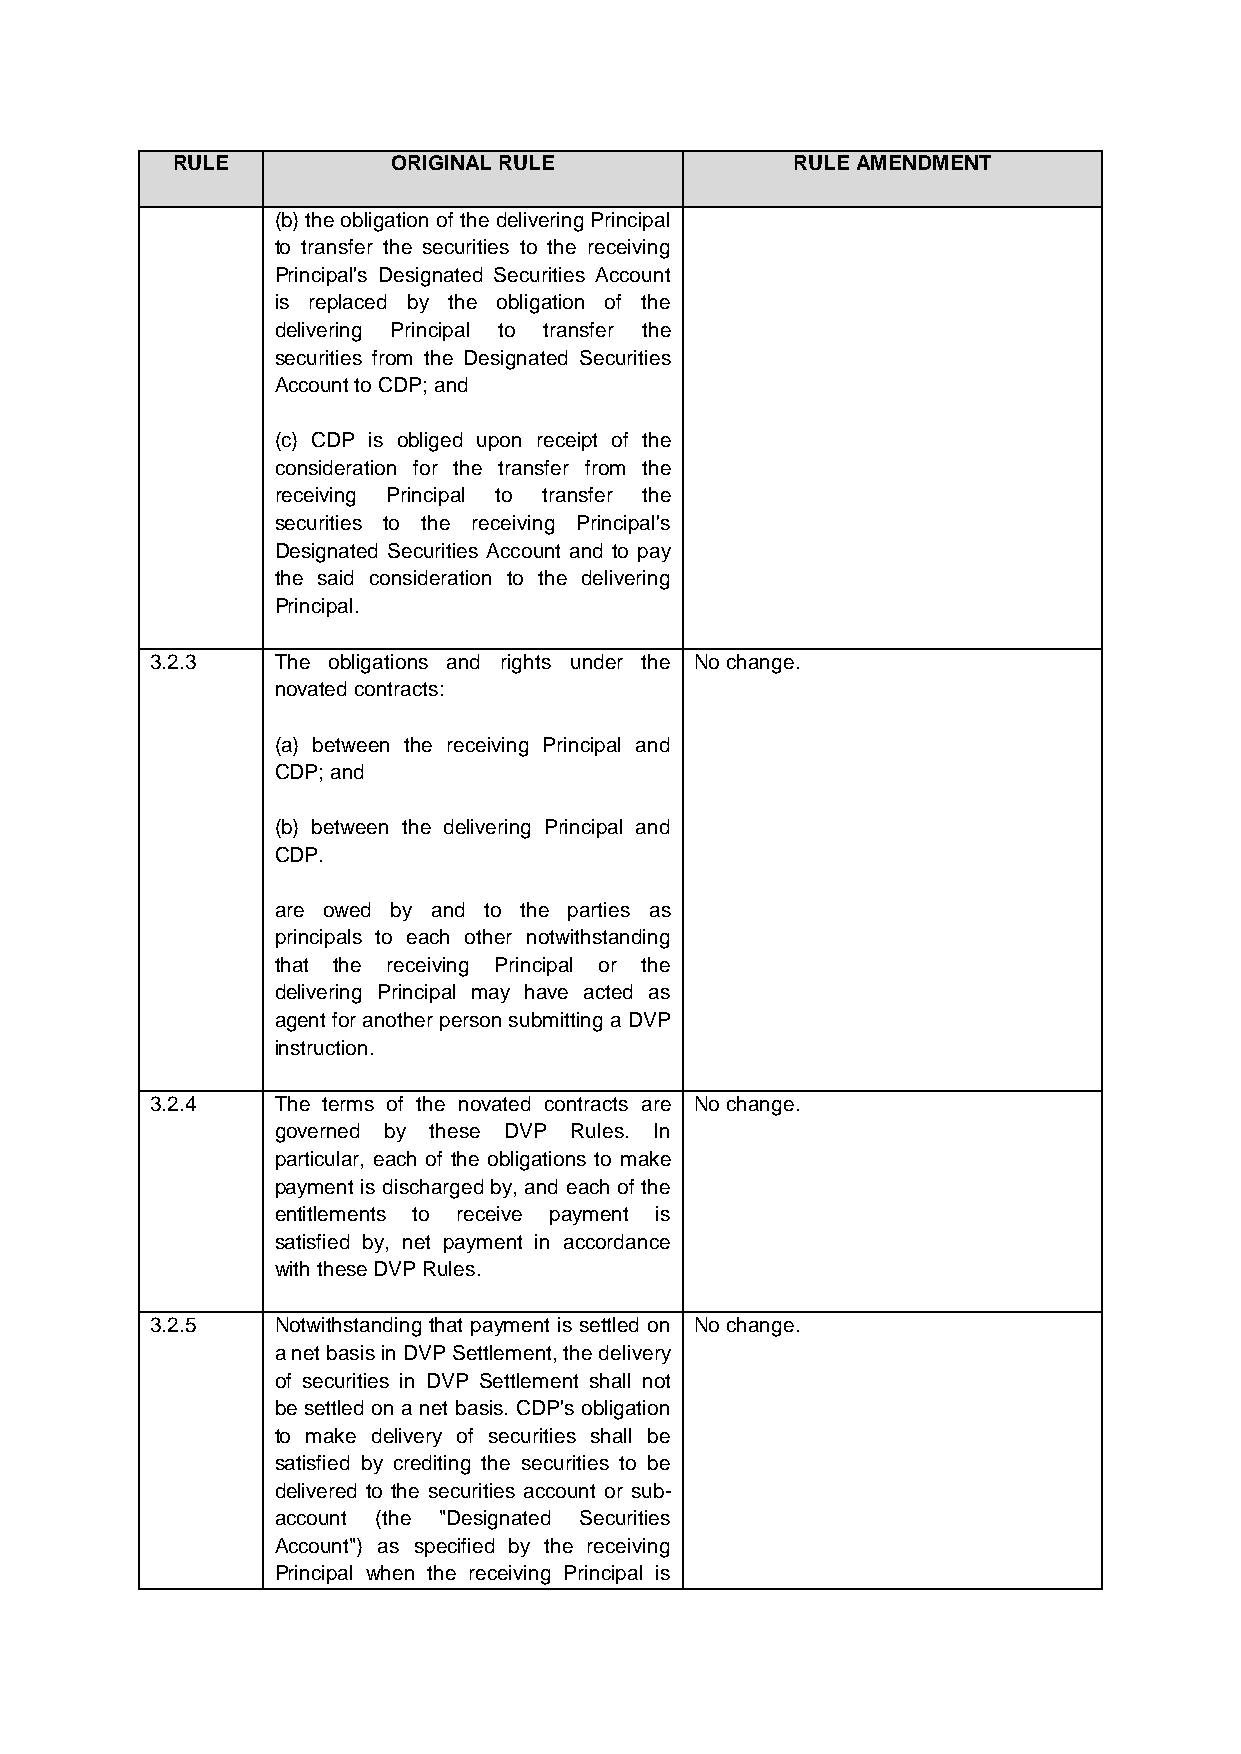
RULE           ORIGINAL RULE              RULE AMENDMENT
 (b) the obligation of the delivering Principal
 to transfer the securities to the receiving
 Principal's Designated Securities Account
 is replaced by the obligation of the
 delivering Principal to transfer the
 securities from the Designated Securities
 Account to CDP; and
 (c) CDP is obliged upon receipt of the
 consideration for the transfer from the
 receiving Principal to transfer the
 securities to the receiving Principal's
 Designated Securities Account and to pay
 the said consideration to the delivering
 Principal.
 3.2.3   The obligations and rights under the No change.
 novated contracts:
 (a) between the receiving Principal and
 CDP; and
 (b) between the delivering Principal and
 CDP.
 are owed by and to the parties as
 principals to each other notwithstanding
 that the receiving Principal or the
 delivering Principal may have acted as
 agent for another person submitting a DVP
 instruction.
 3.2.4   The terms of the novated contracts are No change.
 governed by these DVP Rules. In
 particular, each of the obligations to make
 payment is discharged by, and each of the
 entitlements to receive payment is
 satisfied by, net payment in accordance
 with these DVP Rules.
 3.2.5   Notwithstanding that payment is settled on No change.
 a net basis in DVP Settlement, the delivery
 of securities in DVP Settlement shall not
 be settled on a net basis. CDP's obligation
 to make delivery of securities shall be
 satisfied by crediting the securities to be
 delivered to the securities account or sub-
 account (the "Designated Securities
 Account") as specified by the receiving
 Principal when the receiving Principal is